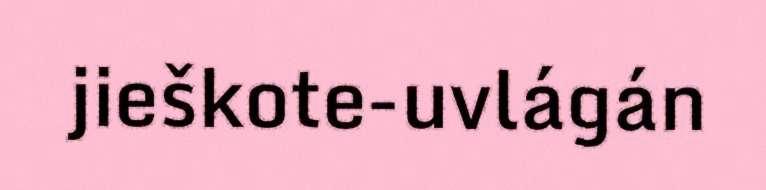
jieškote-uvlágán